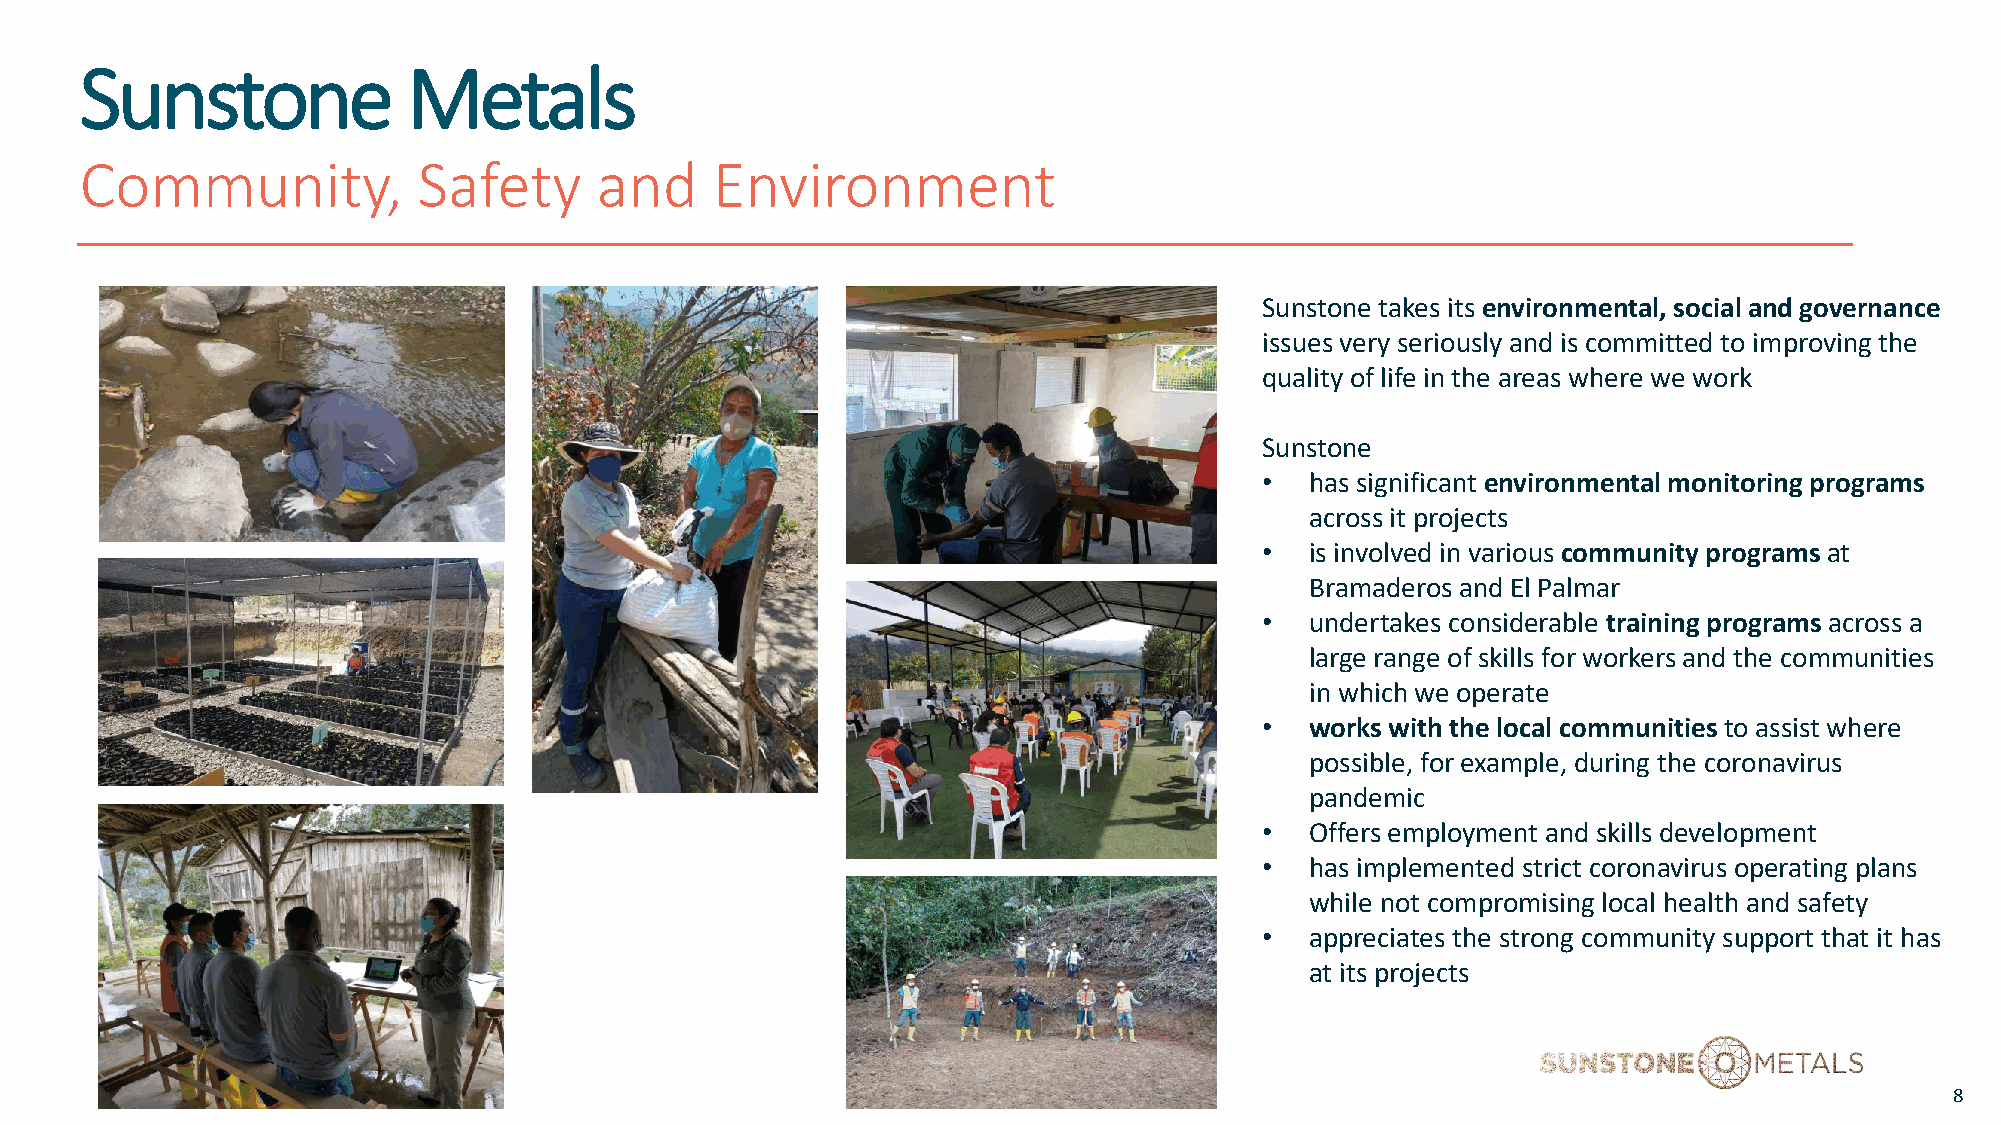
Sunstone              Metals
 Community,             Safety     and     Environment
 Sunstone takes its environmental, social and governance
 issues very seriously and is committed to improving the
 quality of life in the areas where we work
 Sunstone
 •  has significant environmental monitoring programs
 across it projects
 •  is involved in various community programs at
 Bramaderos and El Palmar
 •  undertakes considerable training programs across a
 large range of skills for workers and the communities
 in which we operate
 •  works with the local communities to assist where
 possible, for example, during the coronavirus
 pandemic
 •  Offers employment and skills development
 •  has implemented strict coronavirus operating plans
 while not compromising local health and safety
 •  appreciates the strong community support that it has
 at its projects
 8